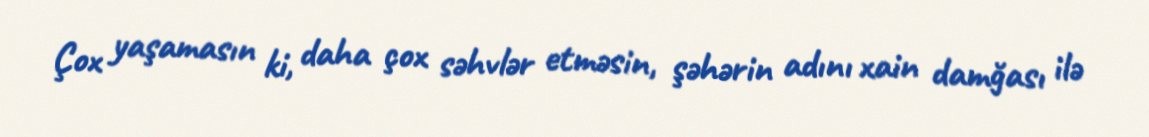
Çox yaşamasın ki, daha çox səhvlər etməsin, şəhərin adını xain damğası ilə